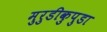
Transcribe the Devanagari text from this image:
मुरुडीकुपुडा